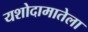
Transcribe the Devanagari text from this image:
यशोदामातेला